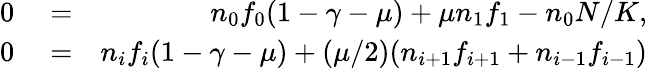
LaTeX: \begin{array}{rlr}{0}&{{}=}&{n_{0}f_{0}(1-\gamma-\mu)+\mu n_{1}f_{1}-n_{0}N/K,}\\ {0}&{{}=}&{n_{i}f_{i}(1-\gamma-\mu)+(\mu/2)(n_{i+1}f_{i+1}+n_{i-1}f_{i-1})}\end{array}